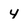
Character: 4